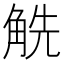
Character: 䚚